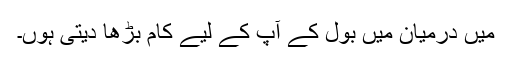
میں درمیان میں بول کے آپ کے لیے کام بڑھا دیتی ہوں۔